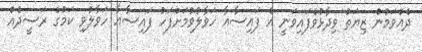
ދެއްވަމުން ޒިޔަތު ވިދާޅުވެފައިވަނީ އެ ފައިސާއާ ހަވާލުވުމަށްފަހު ފައިސާއާ ހަވާލުވި ކަމުގެ ރަސީދެއް